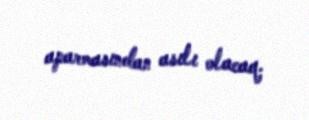
aparmasından asılı olacaq.